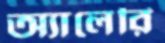
অ্যালেরি